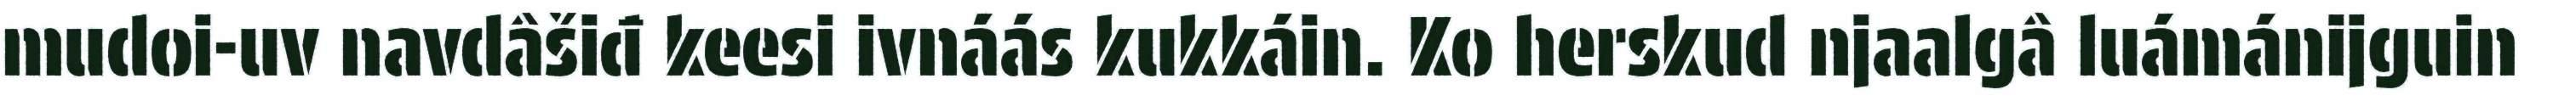
mudoi-uv navdâšiđ keesi ivnáás kukkáin. Ko herskud njaalgâ luámánijguin